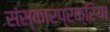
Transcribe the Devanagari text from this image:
संस्कारप्रक्रिया